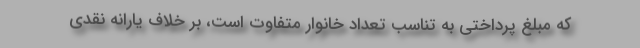
که مبلغ پرداختی به تناسب تعداد خانوار متفاوت است، بر خلاف یارانه نقدی